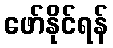
ဖော်နိုင်ရန်